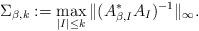
LaTeX: \begin{align*}\Sigma_{\beta,k} := \max_{|I| \le k} \|(A_{\beta,I}^*A_I)^{-1}\|_\infty.\end{align*}